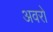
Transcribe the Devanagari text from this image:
अवरो